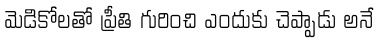
మెడికోలతో ప్రీతి గురించి ఎందుకు చెప్పాడు అనే